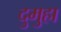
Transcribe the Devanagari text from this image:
दुमुहा